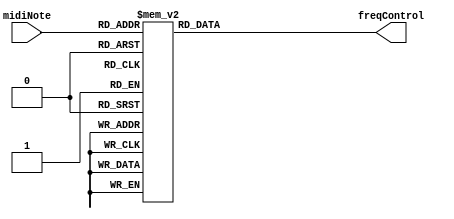
`timescale 1ns / 1ps
//////////////////////////////////////////////////////////////////////////////////
// Company: 
// Engineer: 
// 
// Design Name: 
// Module Name:    NoteTable 
// Project Name: 
// Target Devices: 
// Tool versions: 
// Description: 
//
// Dependencies: 
//
// Revision: 
// Revision 0.01 - File Created
// Additional Comments: 
//
//////////////////////////////////////////////////////////////////////////////////
module NoteTable(
    input [6:0] midiNote,
    output reg [31:0] freqControl
    );

   always @(midiNote)
      case (midiNote)
			7'd21: freqControl <= 32'h1CD60;
			7'd22: freqControl <= 32'h1E8CE;
			7'd23: freqControl <= 32'h205E1;
			7'd24: freqControl <= 32'h224AA;
			7'd25: freqControl <= 32'h2454C;
			7'd26: freqControl <= 32'h267DC;
			7'd27: freqControl <= 32'h28C7C;
			7'd28: freqControl <= 32'h2B346;
			7'd29: freqControl <= 32'h2DC65;
			7'd30: freqControl <= 32'h307EE;
			7'd31: freqControl <= 32'h33611;
			7'd32: freqControl <= 32'h366F5;
			7'd33: freqControl <= 32'h39ABF;
			7'd34: freqControl <= 32'h3D19C;
			7'd35: freqControl <= 32'h40BBE;
			7'd36: freqControl <= 32'h44955;
			7'd37: freqControl <= 32'h48A98;
			7'd38: freqControl <= 32'h4CFB7;
			7'd39: freqControl <= 32'h518F7;
			7'd40: freqControl <= 32'h5668F;
			7'd41: freqControl <= 32'h5B8C5;
			7'd42: freqControl <= 32'h60FE0;
			7'd43: freqControl <= 32'h66C27;
			7'd44: freqControl <= 32'h6CDE9;
			7'd45: freqControl <= 32'h7357E;
			7'd46: freqControl <= 32'h7A33C;
			7'd47: freqControl <= 32'h81780;
			7'd48: freqControl <= 32'h892AE;
			7'd49: freqControl <= 32'h9152C;
			7'd50: freqControl <= 32'h99F6F;
			7'd51: freqControl <= 32'hA31EA;
			7'd52: freqControl <= 32'hACD1F;
			7'd53: freqControl <= 32'hB7189;
			7'd54: freqControl <= 32'hC1FBC;
			7'd55: freqControl <= 32'hCD84D;
			7'd56: freqControl <= 32'hD9BD3;
			7'd57: freqControl <= 32'hE6AFD;
			7'd58: freqControl <= 32'hF4678;
			7'd59: freqControl <= 32'h102F00;
			7'd60: freqControl <= 32'h11255B;
			7'd61: freqControl <= 32'h122A5C;
			7'd62: freqControl <= 32'h133EE2;
			7'd63: freqControl <= 32'h1463D8;
			7'd64: freqControl <= 32'h159A3D;
			7'd65: freqControl <= 32'h16E313;
			7'd66: freqControl <= 32'h183F78;
			7'd67: freqControl <= 32'h19B096;
			7'd68: freqControl <= 32'h1B37A9;
			7'd69: freqControl <= 32'h1CD5FA;
			7'd70: freqControl <= 32'h1E8CEF;
			7'd71: freqControl <= 32'h205DFB;
			7'd72: freqControl <= 32'h224AB2;
			7'd73: freqControl <= 32'h2454B4;
			7'd74: freqControl <= 32'h267DC3;
			7'd75: freqControl <= 32'h28C7B1;
			7'd76: freqControl <= 32'h2B3477;
			7'd77: freqControl <= 32'h2DC626;
			7'd78: freqControl <= 32'h307EF5;
			7'd79: freqControl <= 32'h336130;
			7'd80: freqControl <= 32'h366F4E;
			7'd81: freqControl <= 32'h39ABF3;
			7'd82: freqControl <= 32'h3D19DE;
			7'd83: freqControl <= 32'h40BBFB;
			7'd84: freqControl <= 32'h449564;
			7'd85: freqControl <= 32'h48A96B;
			7'd86: freqControl <= 32'h4CFB82;
			7'd87: freqControl <= 32'h518F61;
			7'd88: freqControl <= 32'h5668ED;
			7'd89: freqControl <= 32'h5B8C50;
			7'd90: freqControl <= 32'h60FDE9;
			7'd91: freqControl <= 32'h66C25F;
			7'd92: freqControl <= 32'h6CDEA1;
			7'd93: freqControl <= 32'h7357E6;
			7'd94: freqControl <= 32'h7A33B8;
			7'd95: freqControl <= 32'h8177F2;
			7'd96: freqControl <= 32'h892ACC;
			7'd97: freqControl <= 32'h9152D2;
			7'd98: freqControl <= 32'h99F704;
			7'd99: freqControl <= 32'hA31EC2;
			7'd100: freqControl <= 32'hACD1DF;
			7'd101: freqControl <= 32'hB7189F;
			7'd102: freqControl <= 32'hC1FBCE;
			7'd103: freqControl <= 32'hCD84BF;
			7'd104: freqControl <= 32'hD9BD43;
			7'd105: freqControl <= 32'hE6AFCD;
			7'd106: freqControl <= 32'hF46770;
			7'd107: freqControl <= 32'h102EFE3;
			7'd108: freqControl <= 32'h1125594;
			7'd109: freqControl <= 32'h122A5A5;
			7'd110: freqControl <= 32'h133EE08;
			7'd111: freqControl <= 32'h1463D85;
			7'd112: freqControl <= 32'h159A3BE;
			7'd113: freqControl <= 32'h16E313F;
			7'd114: freqControl <= 32'h183F79C;
			7'd115: freqControl <= 32'h19B097E;
			7'd116: freqControl <= 32'h1B37A85;
			7'd117: freqControl <= 32'h1CD5F9A;
			7'd118: freqControl <= 32'h1E8CEE1;
			7'd119: freqControl <= 32'h205DFC7;
			7'd120: freqControl <= 32'h224AB28;
			7'd121: freqControl <= 32'h2454B4A;
			7'd122: freqControl <= 32'h267DC10;
			7'd123: freqControl <= 32'h28C7B09;
			7'd124: freqControl <= 32'h2B3477C;
			7'd125: freqControl <= 32'h2DC627D;
			7'd126: freqControl <= 32'h307EF38;
			7'd127: freqControl <= 32'h33612FB;
			default: freqControl <= 32'h00000000;
		endcase
		
endmodule